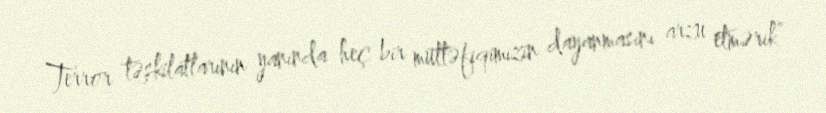
Terror təşkilatlarının yanında heç bir müttəfiqimizin dayanmasını arzu etmərik”